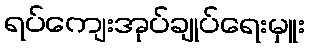
ရပ်ကျေးအုပ်ချုပ်ရေးမှူး